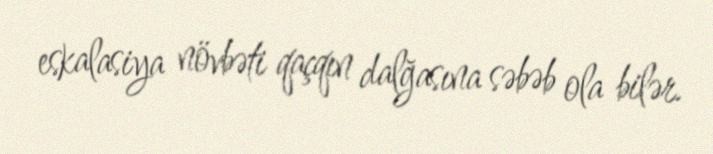
eskalasiya növbəti qaçqın dalğasına səbəb ola bilər.